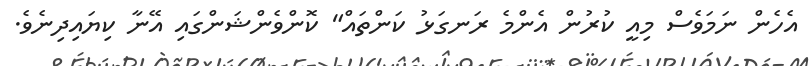
އެހެން ނަމަވެސް މިއީ ކުރުން އެންމެ ރަނގަޅު ކަންތައް" ކޮންވެންޝަންގައި އޭނާ ކިޔައިދިނެވެ.